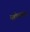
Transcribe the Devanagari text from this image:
महोत्सवं॥